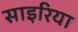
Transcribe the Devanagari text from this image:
साइरिया